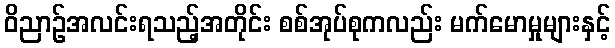
ဝိညာဉ်အလင်းရသည့်အတိုင်း စစ်အုပ်စုကလည်း မက်မောမှုများနှင့်